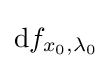
{\textrm {d}}f_{x_{0},\lambda _{0}}